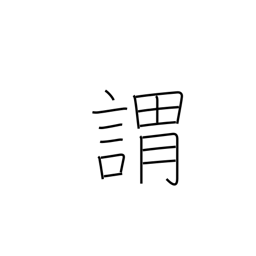
Meaning: origin